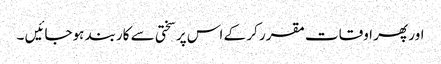
اور پھر اوقات مقرر کر کے اس پر سختی سے کاربند ہوجائیں ۔